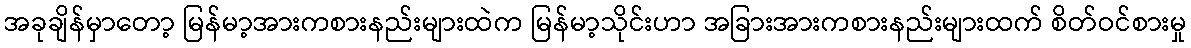
အခုချိန်မှာတော့ မြန်မာ့အားကစားနည်းများထဲက မြန်မာ့သိုင်းဟာ အခြားအားကစားနည်းများထက် စိတ်ဝင်စားမှု